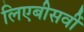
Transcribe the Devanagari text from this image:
लिएबीसवीं